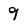
Character: 9